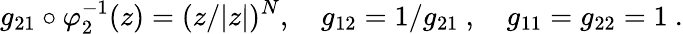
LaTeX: g_{21}\circ\varphi_{2}^{-1}(z)=(z/|z|)^{N},\ \ \ \ g_{12}=1/g_{21}\ ,\ \ \ \ g_{11}=g_{22}=1\ .